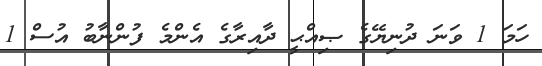
ހަމަ 1 ވަނަ ދުނިޔޭގެ ޞިއްޙީ ދާއިރާގެ އެންމެ ފުންނާބު އުސް 1